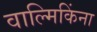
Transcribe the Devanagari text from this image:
वाल्मिकिंना